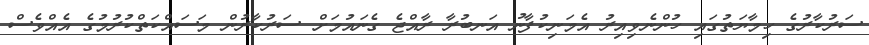
ސަރުކާރުގެ ހިމާޔަތުގައި ހުންނެވިއިރު އެމަނިކުފާނު އަނބުރާ ރާއްޖެ ގެނައުމަށް ސަރުކާރުން މަސައްކަތްކުރުމުގެ އެއްވެސް